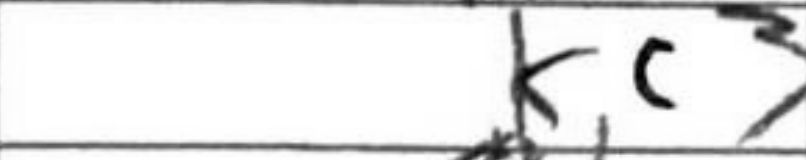
Transcription: Kc3